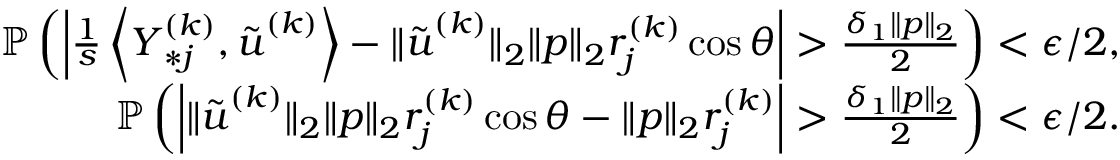
\begin{array} { r } { \mathbb { P } \left( \left| \frac { 1 } { s } \left\langle { \boldsymbol Y } _ { * j } ^ { ( k ) } , \tilde { { \boldsymbol u } } ^ { ( k ) } \right\rangle - \| \tilde { { \boldsymbol u } } ^ { ( k ) } \| _ { 2 } \| { \boldsymbol p } \| _ { 2 } r _ { j } ^ { ( k ) } \cos \theta \right| > \frac { \delta _ { 1 } \| { \boldsymbol p } \| _ { 2 } } { 2 } \right) < \epsilon / 2 , } \\ { \mathbb { P } \left( \left| \| \tilde { { \boldsymbol u } } ^ { ( k ) } \| _ { 2 } \| { \boldsymbol p } \| _ { 2 } r _ { j } ^ { ( k ) } \cos \theta - \| { \boldsymbol p } \| _ { 2 } r _ { j } ^ { ( k ) } \right| > \frac { \delta _ { 1 } \| { \boldsymbol p } \| _ { 2 } } { 2 } \right) < \epsilon / 2 . } \end{array}